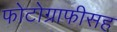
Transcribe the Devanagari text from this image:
फोटोग्राफीसह